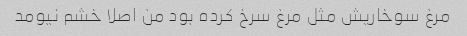
مرغ سوخاریش مثل مرغ سرخ کرده بود من اصلا خشم نیومد